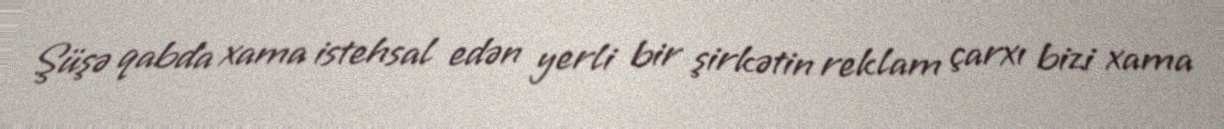
Şüşə qabda xama istehsal edən yerli bir şirkətin reklam çarxı bizi xama